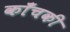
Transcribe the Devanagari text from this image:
काँचकी